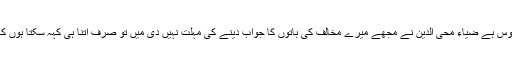
مجھے صرف اتنا افسوس ہے ضیاء محی الدین نے مجھے میرے مخالف کی باتوں کا جواب دینے کی مہلت نہیں دی میں تو صرف اتنا ہی کہہ سکتا ہوں کہ بقول حضرت اقبال ۔